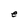
Character: e